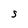
Character: S